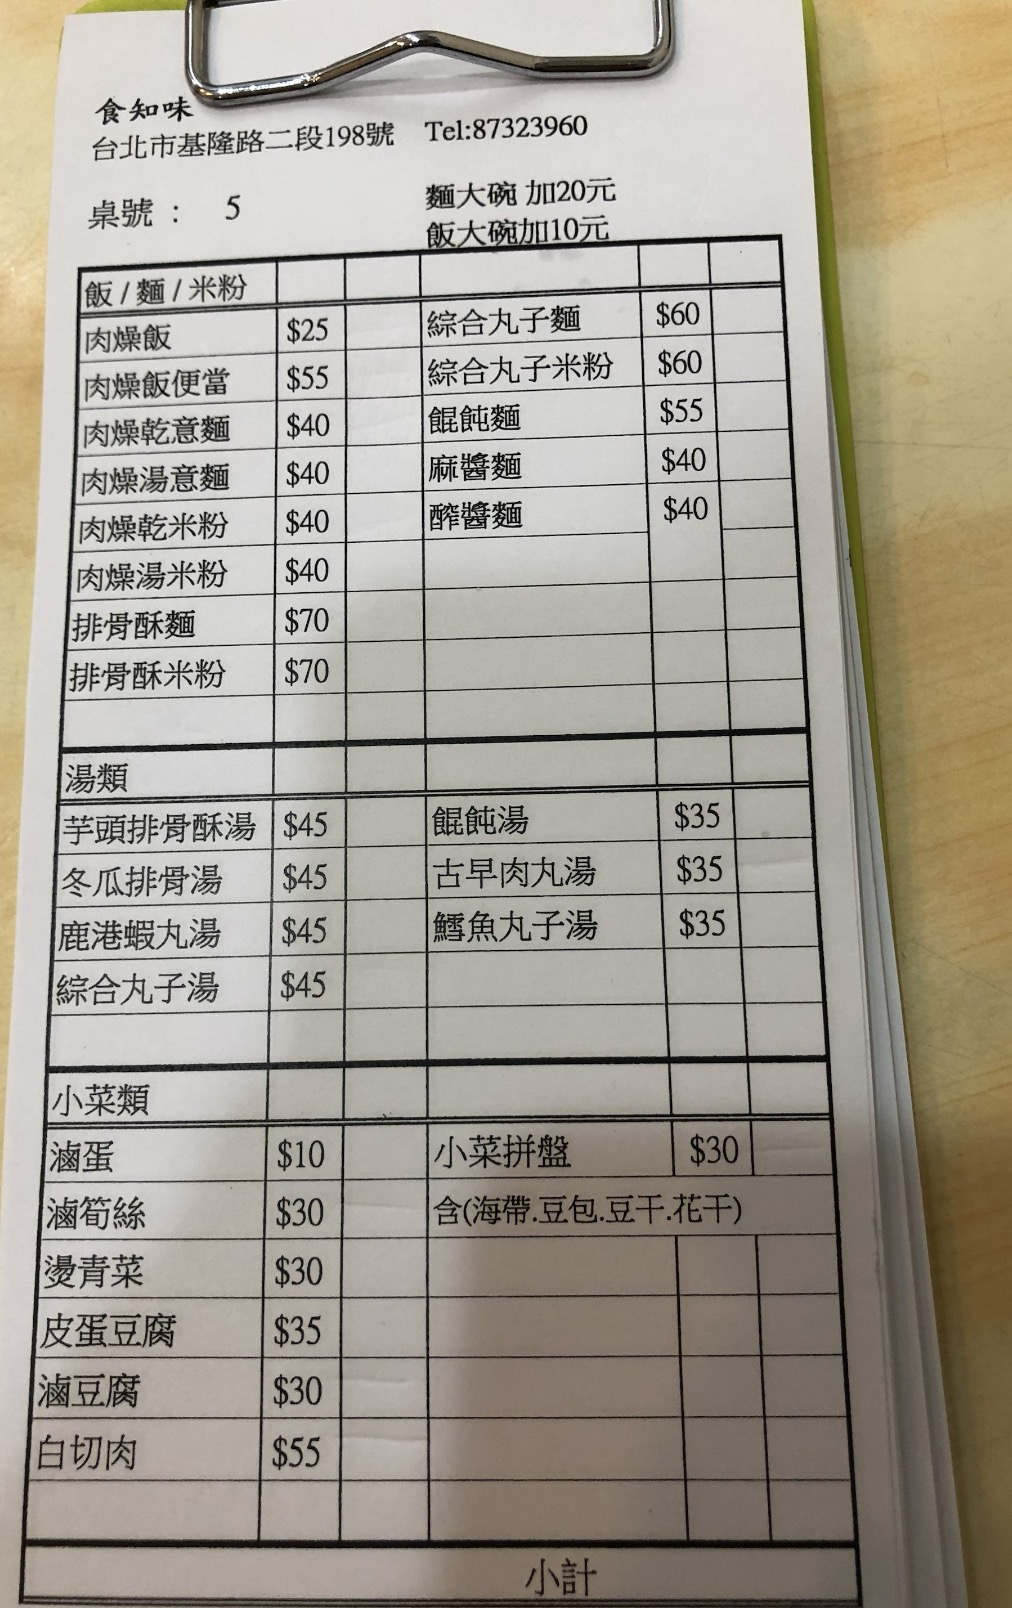
餐廳：食知味
地址：台北市基隆路二段198號
電話：87323960
菜單：
name: 肉燥飯
price: 25
name: 綜合丸子麵
price: 60
name: 肉燥飯便當
price: 55
name: 綜合丸子米粉
price: 60
name: 肉燥乾意麵
price: 40
name: 餛飩麵
price: 55
name: 肉燥湯意麵
price: 40
name: 麻醬麵
price: 40
name: 肉燥乾米粉
price: 40
name: 醡醬麵
price: 40
name: 肉燥湯米粉
price: 40
name: 排骨酥麵
price: 70
name: 排骨酥米粉
price: 70
name: 芋頭排骨酥湯
price: 45
name: 餛飩湯
price: 35
name: 冬瓜排骨湯
price: 45
name: 古早肉丸湯
price: 35
name: 鹿港蝦丸湯
price: 45
name: 鱈魚丸子湯
price: 35
name: 綜合丸子湯
price: 45
name: 滷蛋
price: 10
name: 小菜拼盤
price: 30
name: 滷筍絲
price: 30
name: 燙青菜
price: 30
name: 皮蛋豆腐
price: 35
name: 滷豆腐
price: 30
name: 白切肉
price: 55